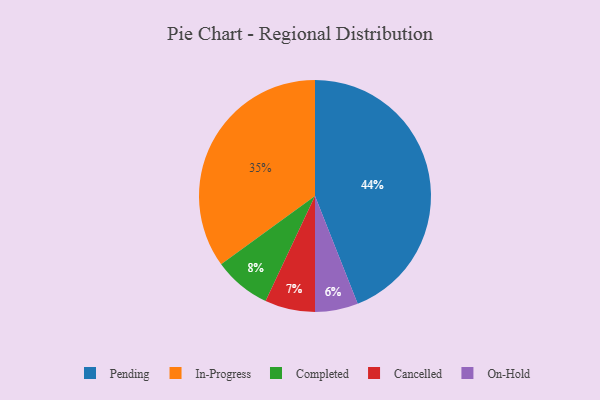
{"axis": {"x": "Category", "y": "Percentage"}, "legend": ["Cancelled", "Completed", "In-Progress", "On-Hold", "Pending"], "data": [{"x": "On-Hold", "y": 6, "type": "On-Hold"}, {"x": "In-Progress", "y": 35, "type": "In-Progress"}, {"x": "Pending", "y": 44, "type": "Pending"}, {"x": "Completed", "y": 8, "type": "Completed"}, {"x": "Cancelled", "y": 7, "type": "Cancelled"}]}